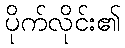
ပိုက်လိုင်း၏